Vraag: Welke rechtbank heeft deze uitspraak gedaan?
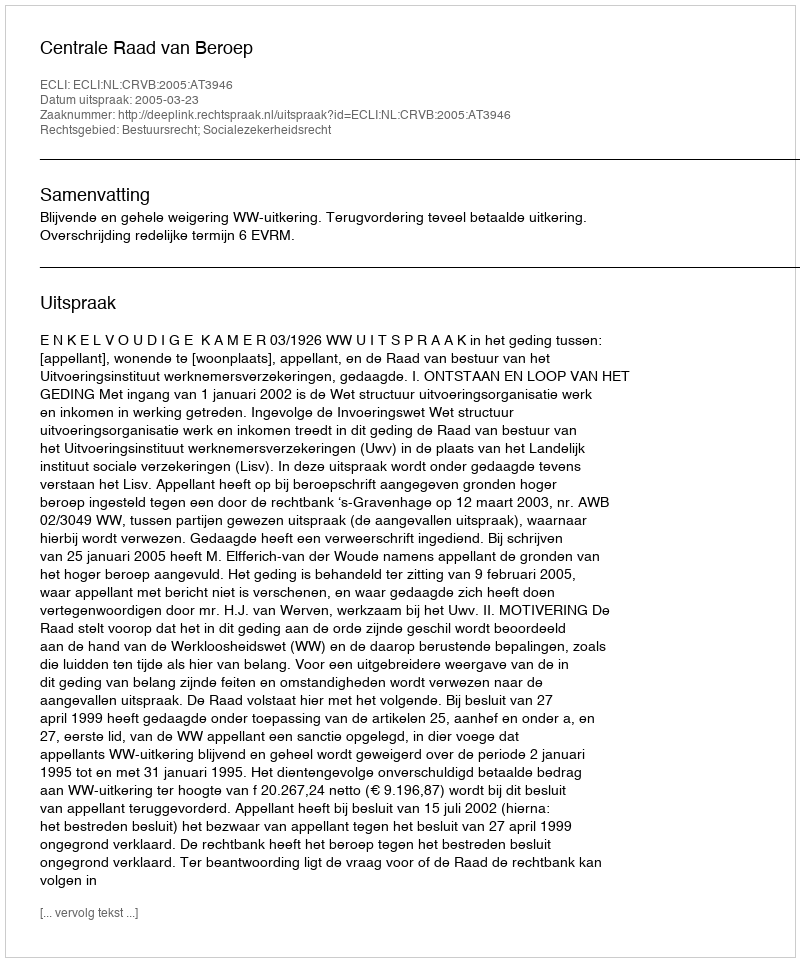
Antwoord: Centrale Raad van Beroep